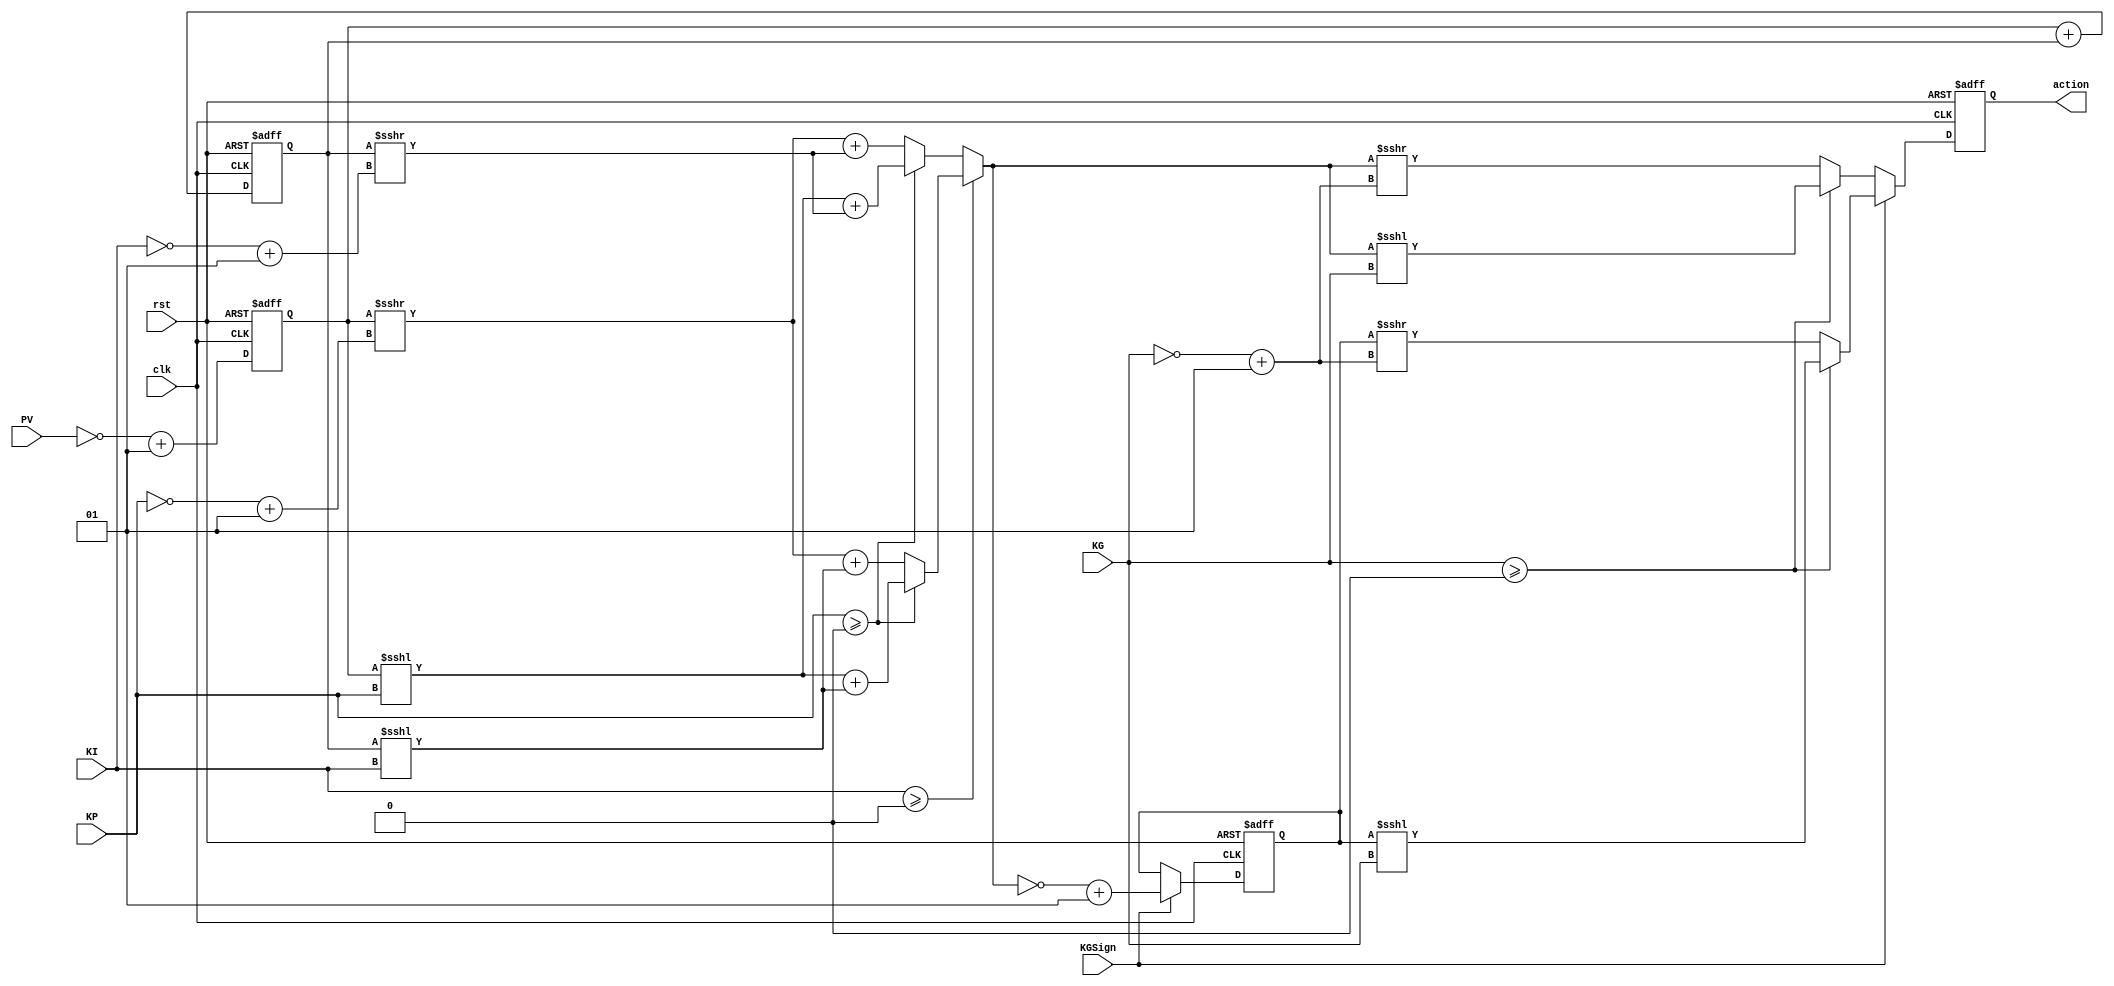
`timescale 1ns / 1ps
//////////////////////////////////////////////////////////////////////////////////
// Company: 
// Engineer: 
// 
// Design Name: 
// Module Name: PIG_v3
// Project Name: 
// Target Devices: 
// Tool Versions: 
// Description: 
// 
// Dependencies: 
// 
// Revision:
// Revision 0.01 - File Created
// Additional Comments:
// 
//////////////////////////////////////////////////////////////////////////////////


module PIG_V4 # (parameter INPUT_WIDTH = 14, parameter OUTPUT_WIDTH = 32)(input clk, input rst, input signed [7:0] KP, input signed [7:0] KI, input signed [7:0] KG, input KGSign, input signed [INPUT_WIDTH-1:0] PV, output signed [OUTPUT_WIDTH-1:0] action);

reg signed [OUTPUT_WIDTH-1:0] error;
reg signed [OUTPUT_WIDTH-1:0] integrator;
reg signed [OUTPUT_WIDTH-1:0] sum;
reg signed [OUTPUT_WIDTH-1:0] actionReg; //Action can be positive or negative, there should be logic out of loop to change word accordingly  
reg signed [OUTPUT_WIDTH-1:0] negError;
reg signed [OUTPUT_WIDTH-1:0] negSum;

assign action = actionReg;

always @ (posedge clk or posedge rst) begin
    if(rst) begin
        integrator <= 0;
        sum <= 0;
        actionReg <= 0;
        negError <= 0;
        negSum <= 0;
        error <= 0;
    end
    else begin
        //Need support for -ve KP, KI and KG
        error <= ~PV+1; //Negative error
        $display("error %d", error);
        integrator <= error + integrator; //Sum error
        if(KI >= 0) begin
                if(KP >= 0) sum = (error <<< KP) + (integrator <<< KI);
                else sum = (error >>> (~KP+1)) + (integrator <<< KI);
            end
            else begin
                if(KP >= 0) sum = (error <<< KP) + (integrator >>> (~KI+1));
                else sum = (error >>> (~KP+1)) + (integrator >>> (~KI+1));
            end
        if(KGSign == 0) begin
            if(KG >= 0) actionReg <= sum <<< KG;
            else actionReg <= sum >>> (~KG+1);
        end
        else if(KGSign == 1) begin
            negSum <= ~sum+1;
            if(KG >= 0) actionReg <= negSum <<< KG;
            else actionReg <= negSum >>> (~KG+1);
        end 
        
    end
end

endmodule